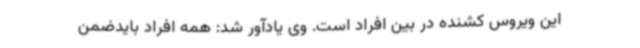
این ویروس کشنده در بین افراد است. وی یادآور شد: همه افراد بایدضمن